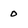
Character: 0